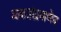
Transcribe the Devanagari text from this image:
माकडांप्रमाणेच